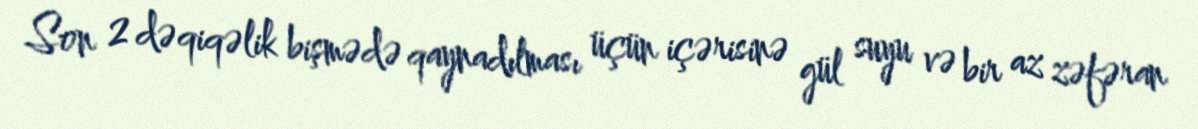
Son 2 dəqiqəlik bişmədə qaynadılması üçün içərisinə gül suyu və bir az zəfəran